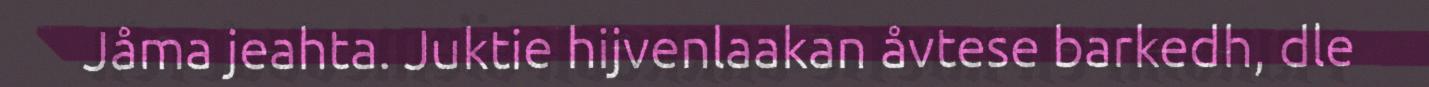
Jåma jeahta. Juktie hijvenlaakan åvtese barkedh, dle